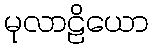
မုလာဠိယော